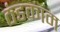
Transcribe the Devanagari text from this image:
ठंडकाम